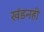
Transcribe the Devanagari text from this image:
खंडनही